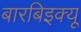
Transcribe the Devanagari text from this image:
बारबिइक्यू